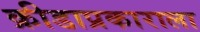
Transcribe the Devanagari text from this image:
क्रीडाप्रकाराला